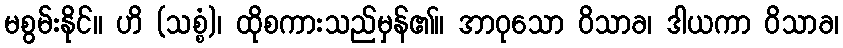
မစွမ်းနိုင်။ ဟိ (သစ္စံ)၊ ထိုစကားသည်မှန်၏။ အာဝုသော ဝိသာခ၊ ဒါယကာ ဝိသာခ၊